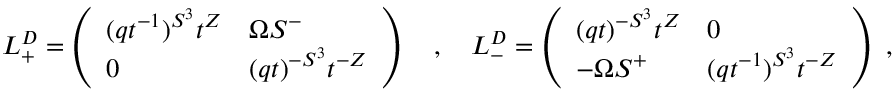
L _ { + } ^ { D } = \left( \begin{array} { l l } { { ( q t ^ { - 1 } ) ^ { S ^ { 3 } } t ^ { Z } } } & { { \Omega S ^ { - } } } \\ { { 0 } } & { { ( q t ) ^ { - S ^ { 3 } } t ^ { - Z } } } \end{array} \right) \ \ \ , \ \ \ L _ { - } ^ { D } = \left( \begin{array} { l l } { { ( q t ) ^ { - S ^ { 3 } } t ^ { Z } } } & { { 0 } } \\ { { - \Omega S ^ { + } } } & { { ( q t ^ { - 1 } ) ^ { S ^ { 3 } } t ^ { - Z } } } \end{array} \right) \ ,